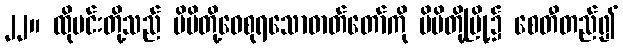
၂၂။ ထိုမင်းတို့သည် မိမိတို့ဝေစုရသောဓာတ်တော်ကို မိမိတို့မြို့၌ စေတီတည်၍